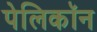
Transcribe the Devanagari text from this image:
पेलिकॉन